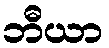
ဘီယာ